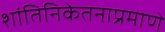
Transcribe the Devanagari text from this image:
शांतिनिकेतनाप्रमाणे